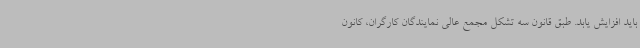
باید افزایش یابد. طبق قانون سه تشکل مجمع عالی نمایندگان کارگران، کانون